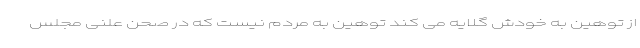
از توهین به خودش گلایه می کند توهین به مردم نیست که در صحن علنی مجلس